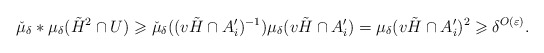
\begin{align*}\check{\mu}_{\delta}*\mu_{\delta}(\tilde H^2\cap U)\geqslant\check{\mu}_{\delta}((v\tilde H\cap A_i')^{-1})\mu_{\delta}(v\tilde H\cap A_i')=\mu_{\delta}(v\tilde H\cap A_i')^2\geqslant\delta^{O(\varepsilon)}.\end{align*}